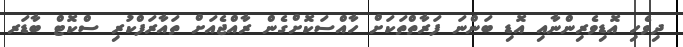
ދިވެހި އޮޑިވެރިންނާއި އޮޑި ބަންނަ ފަރާތްތަކަށް ހާއްސަކޮށްގެން ރާއްޖެއަށް ތައާރަފްކުރި ސްކޮޓް ބާޑަރ